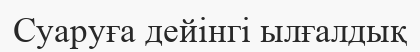
Суаруға дейінгі ылғалдық